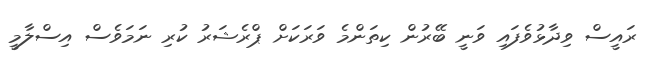
ރައީސް ވިދާޅުވެފައި ވަނީ ބޭރުން ކިތަންމެ ވަރަކަށް ޕްރެޝަރު ކުރި ނަމަވެސް އިސްލާމީ